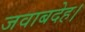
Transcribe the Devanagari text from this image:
जवाबदेह।